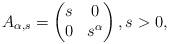
LaTeX: \begin{align*}A_{\alpha,s}=\begin{pmatrix}s & 0 \\ 0 & s^\alpha\end{pmatrix}, s>0,\end{align*}